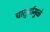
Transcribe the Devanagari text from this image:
चातुर्यामुळे